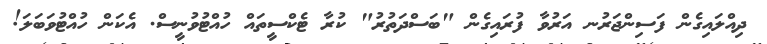
ދިއްލައިގެން ފަސިންޖަރުނ އަރުވާ ފުރައިގެން "ބަސްދަތުރު" ކުރާ ޓެކްސީތައް ހުއްޓުވުނީސް. އެކަން ހުއްޓުވަބަލަ!